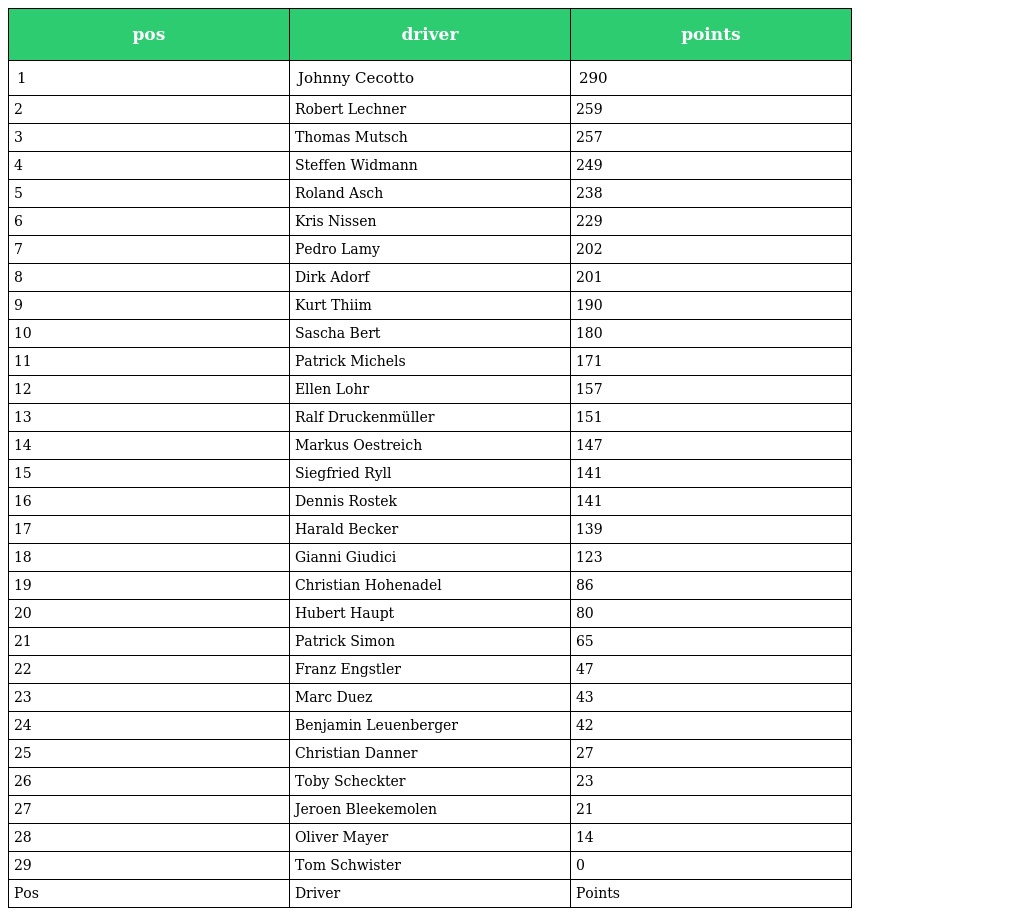
| pos | driver | points |
 | --- | --- | --- |
 | 1 | Johnny Cecotto | 290 |
 | 2 | Robert Lechner | 259 |
 | 3 | Thomas Mutsch | 257 |
 | 4 | Steffen Widmann | 249 |
 | 5 | Roland Asch | 238 |
 | 6 | Kris Nissen | 229 |
 | 7 | Pedro Lamy | 202 |
 | 8 | Dirk Adorf | 201 |
 | 9 | Kurt Thiim | 190 |
 | 10 | Sascha Bert | 180 |
 | 11 | Patrick Michels | 171 |
 | 12 | Ellen Lohr | 157 |
 | 13 | Ralf Druckenmüller | 151 |
 | 14 | Markus Oestreich | 147 |
 | 15 | Siegfried Ryll | 141 |
 | 16 | Dennis Rostek | 141 |
 | 17 | Harald Becker | 139 |
 | 18 | Gianni Giudici | 123 |
 | 19 | Christian Hohenadel | 86 |
 | 20 | Hubert Haupt | 80 |
 | 21 | Patrick Simon | 65 |
 | 22 | Franz Engstler | 47 |
 | 23 | Marc Duez | 43 |
 | 24 | Benjamin Leuenberger | 42 |
 | 25 | Christian Danner | 27 |
 | 26 | Toby Scheckter | 23 |
 | 27 | Jeroen Bleekemolen | 21 |
 | 28 | Oliver Mayer | 14 |
 | 29 | Tom Schwister | 0 |
 | Pos | Driver | Points |